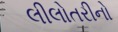
લીલોતરીનો